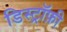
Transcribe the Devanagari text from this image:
डिस्ट्रॉफ़ी